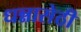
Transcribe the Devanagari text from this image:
धन्नासेठी